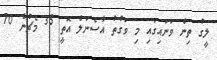
ލީގު ތިން ވަނައިގައި މި ވަގުތު އާސެނަލް އޮތީ 35 މެޗުން 70